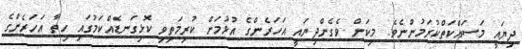
ދިޔައީ މަސައްކަތްކުރަމުންނެވެ. މިކަން ވެގެންދިޔައީ އަހަރެންގެ އުޅުމަށް ކުރިމަތިވި ކޮޅިގަނޑެއްކަމުގައި ހިތާ އަހަރެންގެ